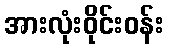
အားလုံးဝိုင်းဝန်း